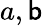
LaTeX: a,\mathsf{b}